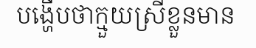
បង្ហើបថាក្មួយស្រីខ្លួនមាន